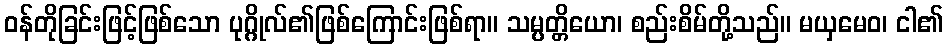
ဝန်တိုခြင်းဖြင့်ဖြစ်သော ပုဂ္ဂိုလ်၏ဖြစ်ကြောင်းဖြစ်ရာ။ သမ္ပတ္တိယော၊ စည်းစိမ်တို့သည်။ မယှမေဝ၊ ငါ၏